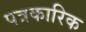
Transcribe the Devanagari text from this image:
पत्रकारिक